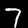
Label: 7